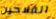
الفلاحين